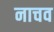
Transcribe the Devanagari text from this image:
नाचव